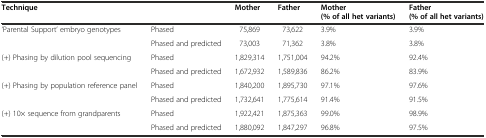
<table><thead><tr><td><b>Technique</b></td><td></td><td><b>Mother</b></td><td><b>Father</b></td><td><b>Mother (% of all het variants)</b></td><td><b>Father (% of all het variants)</b></td></tr></thead><tbody><tr><td rowspan="2">‘Parental Support’ embryo genotypes</td><td>Phased</td><td>75,869</td><td>73,622</td><td>3.9%</td><td>3.9%</td></tr><tr><td>Phased and predicted</td><td>73,003</td><td>71,362</td><td>3.8%</td><td>3.8%</td></tr><tr><td rowspan="2">(+) Phasing by dilution pool sequencing</td><td>Phased</td><td>1,829,314</td><td>1,751,004</td><td>94.2%</td><td>92.4%</td></tr><tr><td>Phased and predicted</td><td>1,672,932</td><td>1,589,836</td><td>86.2%</td><td>83.9%</td></tr><tr><td rowspan="2">(+) Phasing by population reference panel</td><td>Phased</td><td>1,840,200</td><td>1,895,730</td><td>97.1%</td><td>97.6%</td></tr><tr><td>Phased and predicted</td><td>1,732,641</td><td>1,775,614</td><td>91.4%</td><td>91.5%</td></tr><tr><td rowspan="2">(+) 10× sequence from grandparents</td><td>Phased</td><td>1,922,421</td><td>1,875,363</td><td>99.0%</td><td>98.9%</td></tr><tr><td>Phased and predicted</td><td>1,880,092</td><td>1,847,297</td><td>96.8%</td><td>97.5%</td></tr></tbody></table>